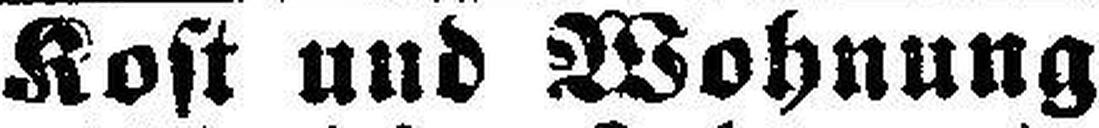
Kost und Wohnung